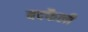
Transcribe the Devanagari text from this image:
बदफैली